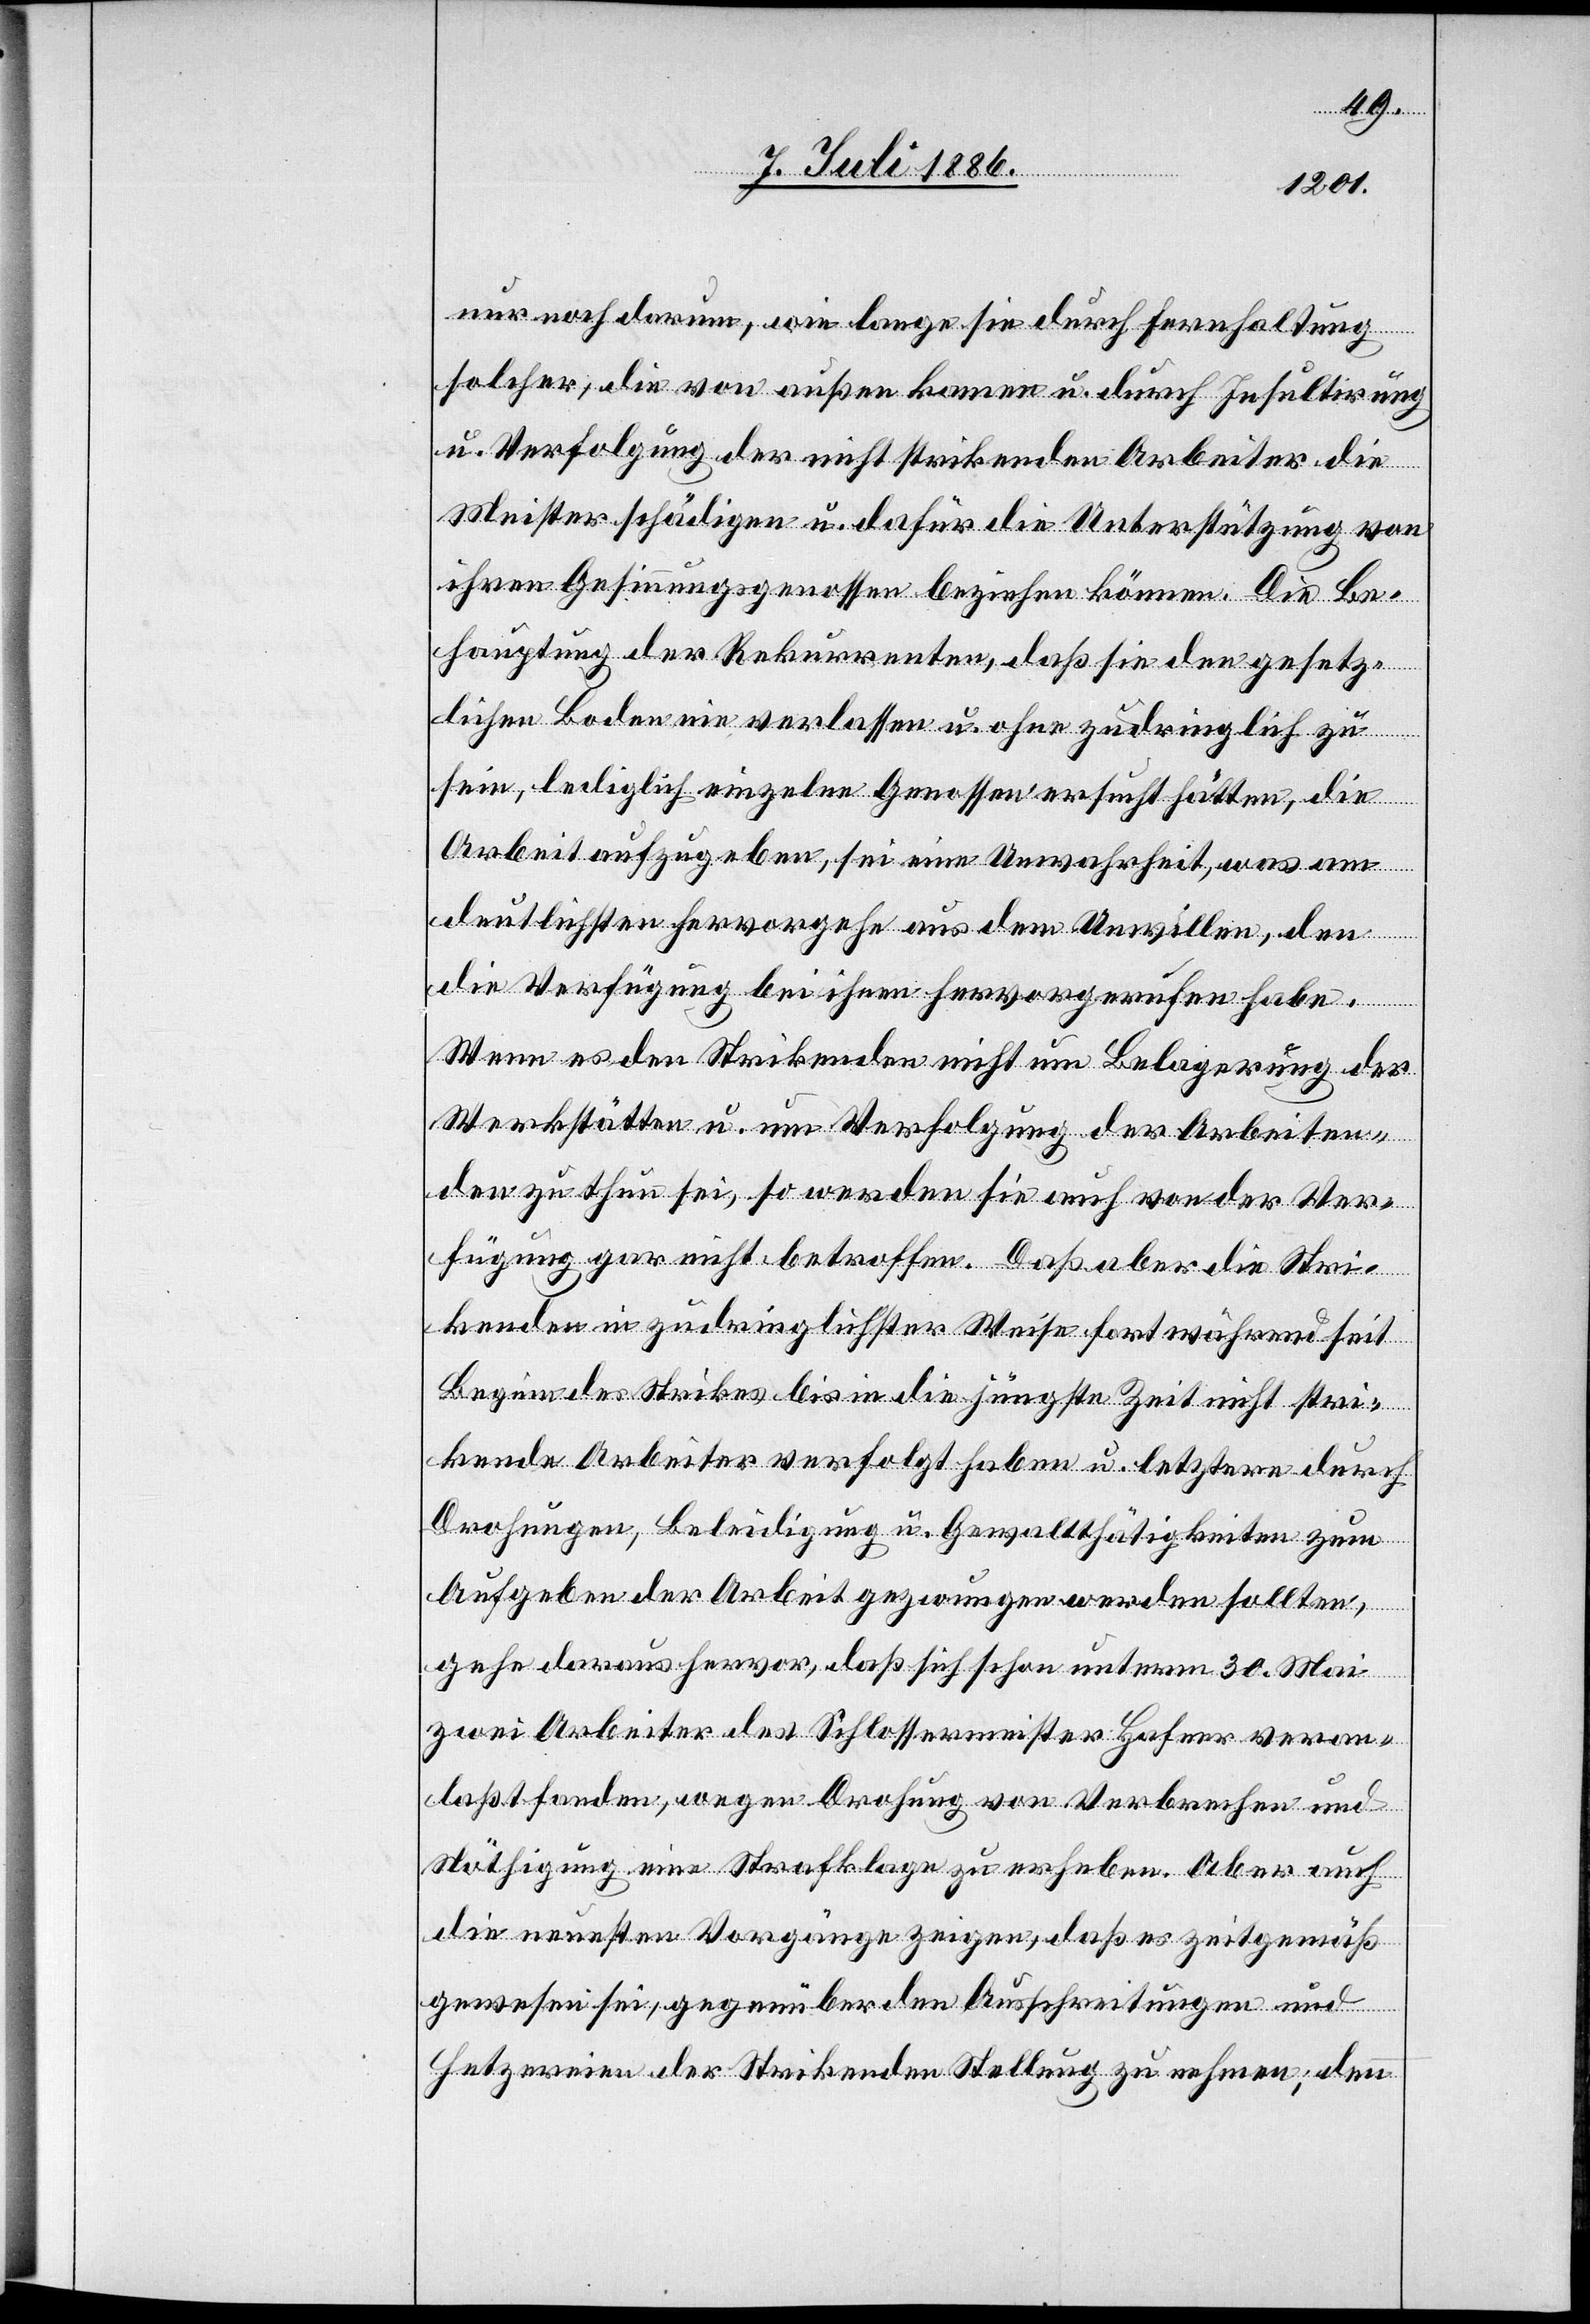
nur noch darum, wie lange sie durch Fernhaltung
solcher, die von außen kommen u. durch Insultirung
u. Verfolgung der nicht strikenden Arbeiter die
Meister schädigen u. dafür die Unterstützung von
ihren Gesinnungsgenossen beziehen können. Die Be¬
hauptung der Rekurrenten, daß sie den gesetz¬
lichen Boden nie verlassen u. ohne zudringlich zu
sein, lediglich einzelne Genossen ersucht hätten, die
Arbeit aufzugeben, sei eine Unwahrheit, was am
deutlichsten hervorgehe aus dem Unwillen, den
die Verfügung bei ihnen hervorgerufen habe.
Wenn es den Strikenden nicht um Belagerung der
Werkstätten u. um Verfolgung der Arbeiten¬
den zu thun sei, so werden sie auch von der Ver¬
fügung gar nicht betroffen. Daß aber die Stri¬
kenden in zudringlichster Weise fortwährend seit
Beginn des Strikes bis in die jüngste Zeit nicht stri¬
kende Arbeiter verfolgt haben u. letztere durch
Drohungen, Beleidigung u. Gewaltthätigkeiten zum
Aufgeben der Arbeit gezwungen werden sollten,
gehe daraus hervor, daß sich schon unterm 30. Mai
zwei Arbeiter des Schlossermeister Hafner veran¬
laßt fanden, wegen Drohung von Verbrechen und
Nöthigung eine Strafklage zu erheben. Aber auch
die neuesten Vorgänge zeigen, daß es zeitgemäß
gewesen sei, gegenüber den Ausschreitungen und
Hetzereien der Strikenden Stellung zu nehmen; denn